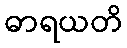
ဓာရယတိ